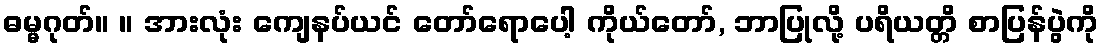
ဓမ္မဂုတ်။ ။ အားလုံး ကျေနပ်ယင် တော်ရောပေါ့ ကိုယ်တော်, ဘာပြုလို့ ပရိယတ္တိ စာပြန်ပွဲကို